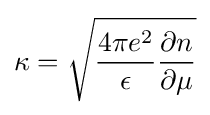
\kappa ={\sqrt {{\frac {4\pi e^{2}}{\epsilon }}{\frac {\partial n}{\partial \mu }}}}